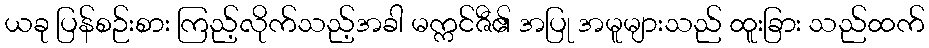
ယခု ပြန်စဉ်းစား ကြည့်လိုက်သည့်အခါ မက္ကင်ဇီ၏ အပြု အမူများသည် ထူးခြား သည်ထက်